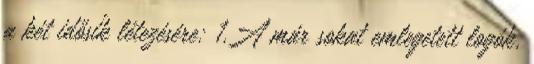
a két idősík létezésére: 1.A már sokat emlegetett logók,